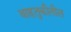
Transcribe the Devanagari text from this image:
वाहतुकीतील